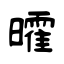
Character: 曤